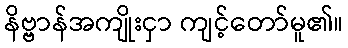
နိဗ္ဗာန်အကျိုးငှာ ကျင့်တော်မူ၏။